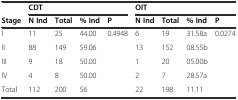
|  | <COLSPAN=4> CDT | <COLSPAN=4> OIT |
 | Stage | N Ind | Total | % Ind | P | N Ind | Total | % Ind | P |
 | --- | --- | --- | --- | --- | --- | --- | --- | --- |
 | I | 11 | 25 | 44.00 | <ROWSPAN=4> 0.4948 | 6 | 19 | 31.58a | <ROWSPAN=4> 0.0274 |
 | II | 88 | 149 | 59.06 | 13 | 152 | 08.55b |
 | III | 9 | 18 | 50.00 | 1 | 20 | 05.00b |
 | IV | 4 | 8 | 50.00 | 2 | 7 | 28.57a |
 | Total | 112 | 200 | 56 |  | 22 | 198 | 11.11 |  |